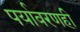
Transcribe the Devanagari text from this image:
पर्यावरणही